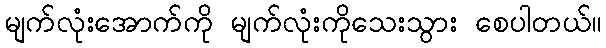
မျက်လုံးအောက်ကို မျက်လုံးကိုသေးသွား စေပါတယ်။